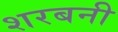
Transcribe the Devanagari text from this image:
शरबनी